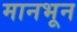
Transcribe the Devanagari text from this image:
मानभून